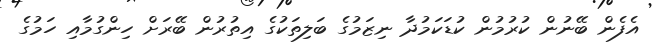
އެފެން ބޭނުން ކުރުމުން ކުޑަކަމުދާ ނިޒަމުގެ ބަލިތަކުގެ އިތުރުން ބޭރަށް ހިންގުމާއި ހަމުގެ